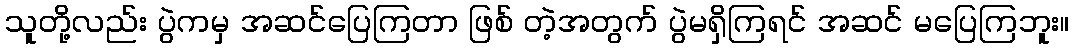
သူတို့လည်း ပွဲကမှ အဆင်ပြေကြတာ ဖြစ် တဲ့အတွက် ပွဲမရှိကြရင် အဆင် မပြေကြဘူး။